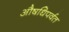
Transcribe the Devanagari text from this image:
औषधिपर्वत